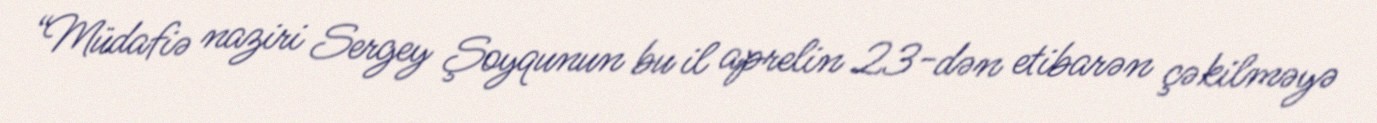
“Müdafiə naziri Sergey Şoyqunun bu il aprelin 23-dən etibarən çəkilməyə